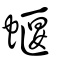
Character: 蝘